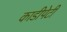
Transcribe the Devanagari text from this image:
काडीपेटी